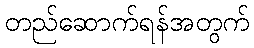
တည်ဆောက်ရန်အတွက်